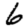
Digit: 6